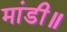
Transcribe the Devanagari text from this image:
मांडी॥